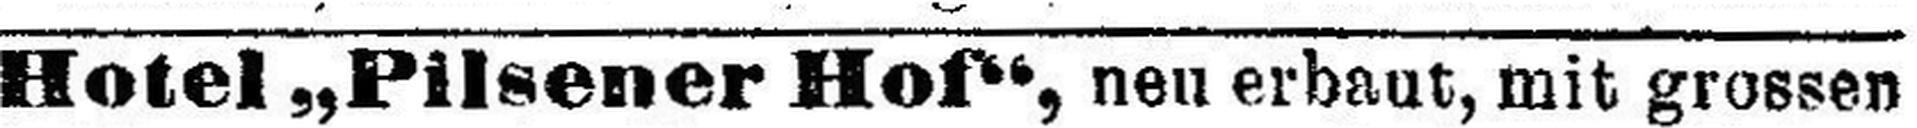
Hotel „Pilsener Hof“, neu erbaut, mit grossen